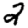
Digit: 2